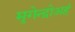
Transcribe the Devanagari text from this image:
मृगेन्द्रोअहं